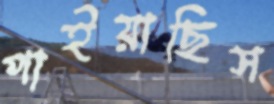
পাইয়াছিস